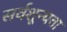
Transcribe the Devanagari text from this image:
सर्वशून्यता